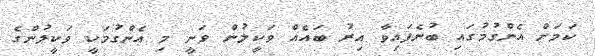
ކަަމަށް އެންގުމުގައި ބުނެފައިވާ އިރު ބައެއް ވަކީލުން ވަނީ މި އެންގުމަކީ ވަކީލުންގެ